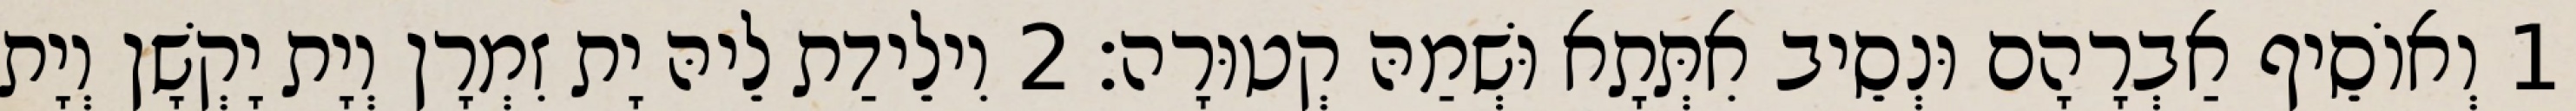
1 וְאוֹסֵיף אַבְרָהָם וּנְסֵיב אִתְּתָא וּשְׁמַהּ קְטוּרָה׃ 2 וִילֵידַת לֵיהּ יָת זִמְרָן וְיָת יָקְשָׁן וְיָת